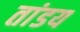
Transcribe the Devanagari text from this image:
तांडय